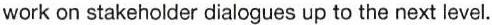
work on stakeholder dialogues up to the next level.